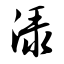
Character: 渌